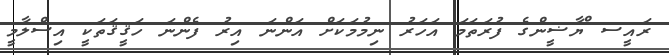
ރައީސ ްޔާޟީންގެ ފުރަތަމަ އަހަރު ނިމުމަކަށް އަންނަ އިރު ފެންނަ ހަޤީޤަތަކީ އިސްލާމީ